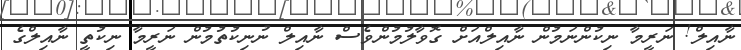
ނާއިލް! ނަރީމާ ނިކުންނަމުން ނާއިލްއަށް ގޮވާލުމުންވެސް ނާއިލް ނުނިކުތުމުން ނަރީމާ ނިކުތީ ނާއިލްގެ